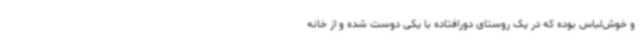
و خوش‌لباس بوده که در یک روستای دورافتاده با یکی دوست شده و از خانه